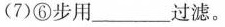
(7)⑥步用___过滤。